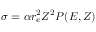
\sigma = \alpha r _ { e } ^ { 2 } Z ^ { 2 } P ( E , Z )